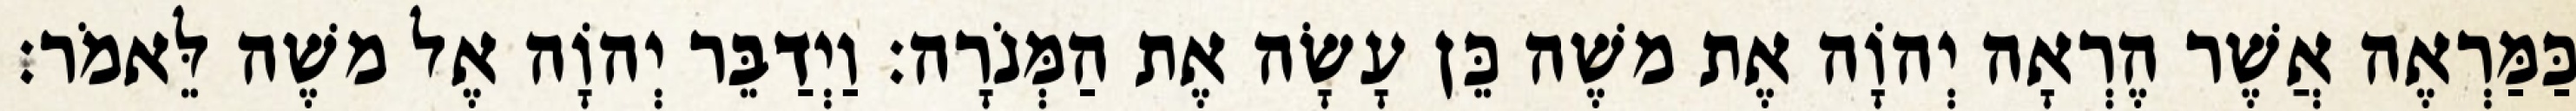
כַּמַּרְאֶה אֲשֶׁר הֶרְאָה יְהוָֹה אֶת משֶׁה כֵּן עָשָׂה אֶת הַמְּנֹרָה׃ וַיְדַבֵּר יְהוָֹה אֶל משֶׁה לֵּאמֹר׃